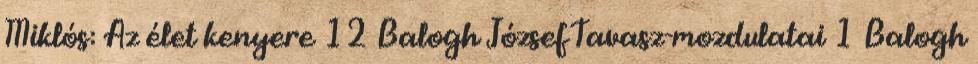
Miklós: Az élet kenyere 12 Balogh JózsefTavasz-mozdulatai 1 Balogh